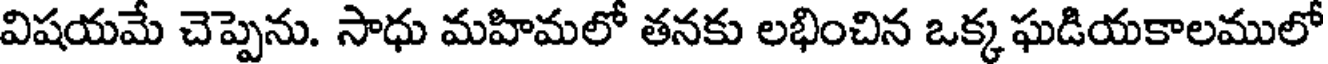
విషయమే చెప్పెను. సాధు మహిమలో తనకు లభించిన ఒక్క ఘడియకాలములో